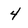
Character: 4